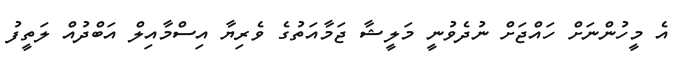
އެ މީހުންނަށް ހައްޖަށް ނުދެވުނީ މަލީޝާ ޖަމާއަތުގެ ވެރިޔާ އިސްމާއިލް އަބްދުއް ލަތީފު